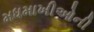
મધમાખીઓની